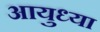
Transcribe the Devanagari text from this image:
आयुध्या